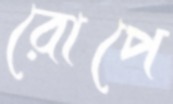
রোপে